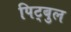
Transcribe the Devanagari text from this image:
पिट्बुल